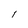
Character: l